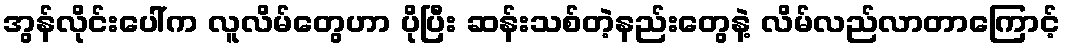
အွန်လိုင်းပေါ်က လူလိမ်တွေဟာ ပိုပြီး ဆန်းသစ်တဲ့နည်းတွေနဲ့ လိမ်လည်လာတာကြောင့်